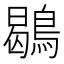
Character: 鶡